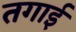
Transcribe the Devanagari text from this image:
तगाई